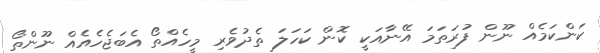
ކަންކަމެއް ނޫން ފުރަތަމަ އޭނާއަކީ ކޮން ކަހަލަ ތެދުވެރި މީހެއްތޯ އެބަޖެހެއެއް ނޫންތޯ